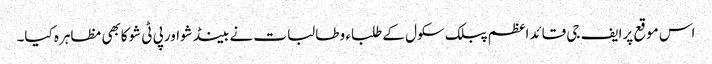
اس موقع پرایف جی قائداعظم پبلک سکول کے طلباء و طالبات نے بینڈشواورپی ٹی شوکابھی مظاہرہ کیا۔